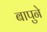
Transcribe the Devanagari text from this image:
बापुने